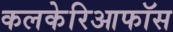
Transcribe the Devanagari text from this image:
कलकेरिआफॉस